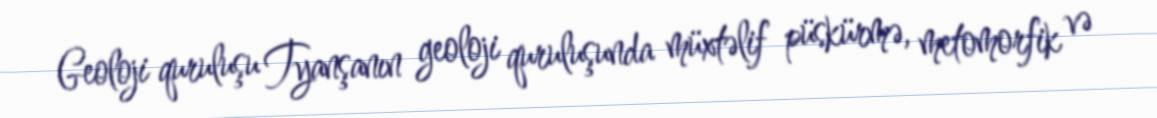
Geoloji quruluşu Tyanşanın geoloji quruluşunda müxtəlif püskürmə, metomorfik və